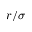
r / \sigma